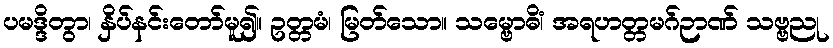
ပမဒ္ဒိတွာ၊ နှိပ်နင်းတော်မူ၍။ ဥတ္တမံ၊ မြတ်သော။ သမ္ဗောဓိံ၊ အရဟတ္တမဂ်ဉာဏ် သဗ္ဗညု